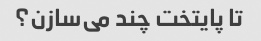
تا پایتخت چند می‌سازن؟